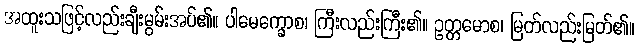
အထူးသဖြင့်လည်းချီးမွမ်းအပ်၏။ ပါမေက္ခောစ၊ ကြီးလည်းကြီး၏။ ဥတ္တမောစ၊ မြတ်လည်းမြတ်၏။